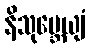
နိသုမ္ဘေယျံ